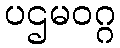
ပဌမဝဂ္ဂ